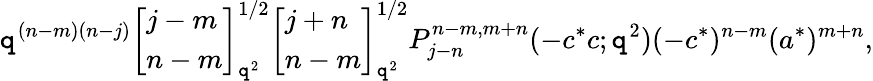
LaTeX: \mathtt{q}^{(n-m)(n-j)}\left[\begin{array}{l}{{j-m}}\\ {{n-m}}\end{array}\right]_{\mathtt{q}^{2}}^{1/2}\left[\begin{array}{l}{{j+n}}\\ {{n-m}}\end{array}\right]_{\mathtt{q}^{2}}^{1/2}P_{j-n}^{n-m,m+n}(-c^{*}c;\mathtt{q}^{2})(-c^{*})^{n-m}(a^{*})^{m+n},